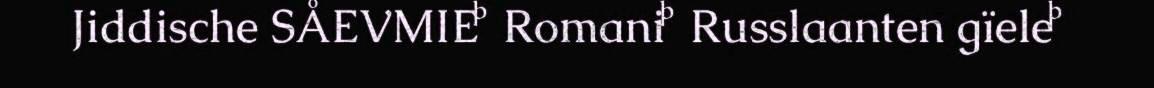
Jiddische SÅEVMIE  Romani  Russlaanten gïele 